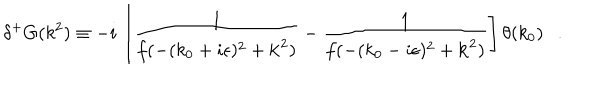
\delta ^ { + } G ( k ^ { 2 } ) \equiv - i \, \left[ \frac { 1 } { f ( - ( k _ { 0 } + i \epsilon ) ^ { 2 } + { \bf k } ^ { 2 } ) } - \frac { 1 } { f ( - ( k _ { 0 } - i \epsilon ) ^ { 2 } + { \bf k } ^ { 2 } ) } \right] \theta ( k _ { 0 } ) .